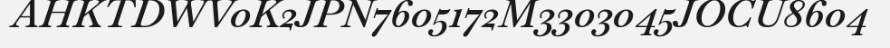
AHKTDWV0K2JPN7605172M3303045JOCU8604